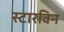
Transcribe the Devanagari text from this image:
स्टारविन